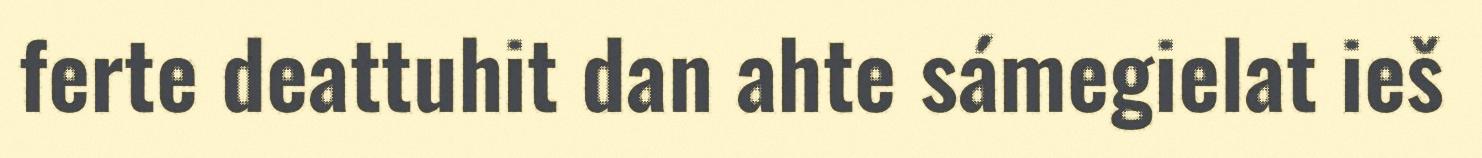
ferte deattuhit dan ahte sámegielat ieš